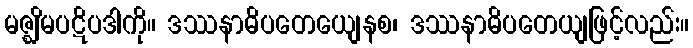
မဇ္ဈိမပဋိပဒါကို။ ဒဿနာဓိပတေယျေနစ၊ ဒဿနာဓိပတေယျဖြင့်လည်း။